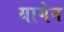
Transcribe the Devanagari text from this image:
यागेन